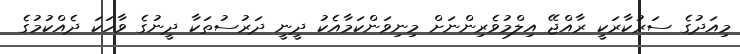
މިއަދުގެ ސަރުކާރަކީ ރާއްޖޭ އިލްމުވެރިންނަށް މިނިވަންކަމާއެކު ދީނީ ދަރުސުތަކާ ދީނުގެ ވާހަކަ ދެއްކުމުގެ